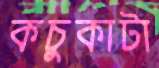
কচুকাটা